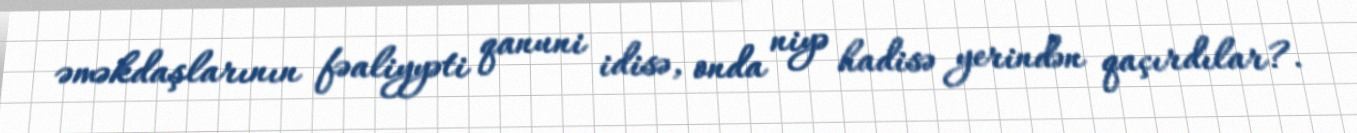
əməkdaşlarının fəaliyyəti qanuni idisə, onda niyə hadisə yerindən qaçırdılar?.